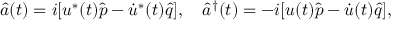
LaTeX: \hat { a } ( t ) = i [ u ^ { * } ( t ) \hat { p } - \dot { u } ^ { * } ( t ) \hat { q } ] , \quad \hat { a } ^ { \dagger } ( t ) = - i [ u ( t ) \hat { p } - \dot { u } ( t ) \hat { q } ] ,